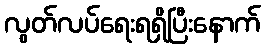
လွတ်လပ်ရေးရရှိပြီးနောက်